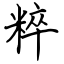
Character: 粹